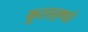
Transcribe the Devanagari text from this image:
कुरतड्णारे